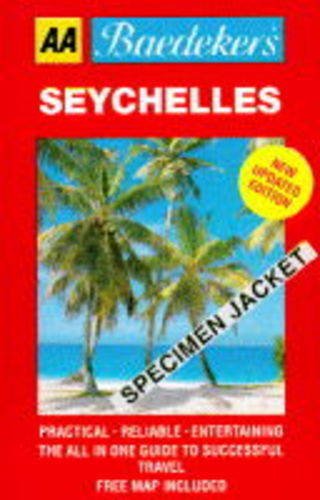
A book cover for Baedeker's Seychelles (AA Baedeker's); Baedeker's; Travel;